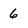
Character: 6